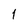
Character: 1